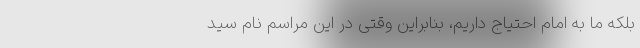
بلکه ما به امام احتیاج داریم، بنابراین وقتی در این مراسم نام سید